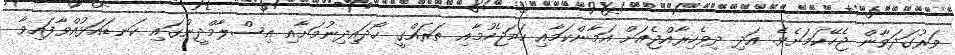
ވަރުގަދަވާން ޖެހޭކަމަށެވެ. އަދި ދިވެހިރާއްޖެއަށް އަމާންކަމާއި ހަމަޖެހުމާއި ތަރައްގީ ހޯދައިދިނުމަށާއި އިސްލާމްދީނުގައި ކަނޑައަޅުއްވާފައިވާ